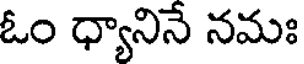
ఓం ధ్యానినే నమః